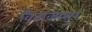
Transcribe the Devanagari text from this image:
विताकासुर